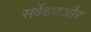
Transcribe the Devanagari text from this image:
सर्वेक्षणऔर